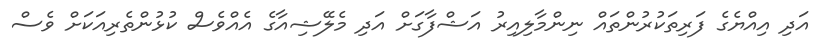
އަދި އިއްޔެގެ ފަރިތަކުރުންތައް ނިންމާލިއިރު އަޝްފާގަށް އަދި މެލޭޝިއާގެ އެއްވެސް ކުޅުންތެރިއަކަށް ވެސް